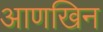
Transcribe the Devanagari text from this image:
आणखिन